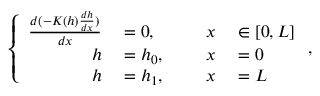
\left\{ \begin{array} { r l r l } { \frac { d ( - K ( h ) \frac { d h } { d x } ) } { d x } } & { { } = 0 , \qquad } & { x } & { { } \in [ 0 , L ] } \\ { h } & { { } = h _ { 0 } , } & { x } & { { } = 0 } \\ { h } & { { } = h _ { 1 } , } & { x } & { { } = L } \end{array} \right. ,